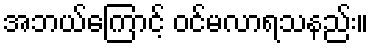
အဘယ်ကြောင့် ဝင်မလာရသနည်း။